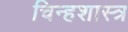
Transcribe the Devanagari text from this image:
चिन्हशास्त्र